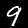
Digit: 9